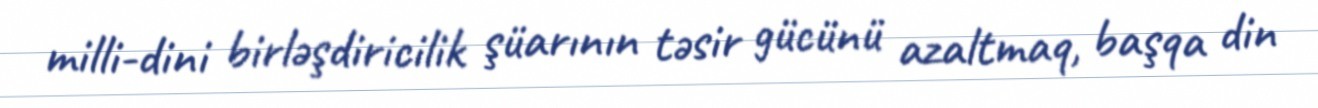
milli-dini birləşdiricilik şüarının təsir gücünü azaltmaq, başqa din